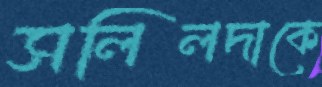
সলিলদাকে